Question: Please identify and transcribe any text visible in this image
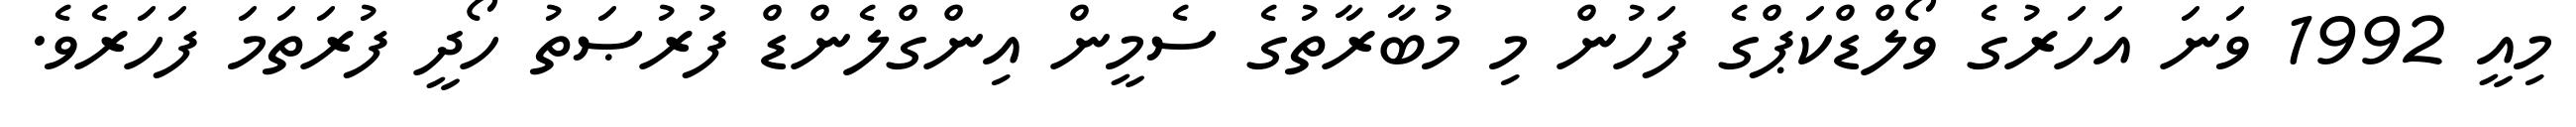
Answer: މިއީ 1992 ވަނަ އަހަރުގެ ވޯލްޑްކަޕްގެ ފަހުން މި މުބާރާތުގެ ސެމީން އިންގްލެންޑް ފުރުޞަތު ހޯދީ ފުރަތަމަ ފަހަރެވެ.